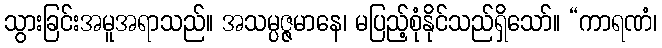
သွားခြင်းအမူအရာသည်။ အသမ္ပဇ္ဇမာနေ၊ မပြည့်စုံနိုင်သည်ရှိသော်။ “ကာရဏံ၊